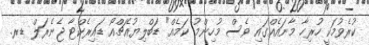
ކުރެވުމަކީ ހުރިހާ މާނައެއްގައި ވެސް މުހިންމު ކަމެއް" ޑަބްލިޔުއެޗްއޯ ޑައިރެކްޓާ ޖެނެރަލް ޑރ.